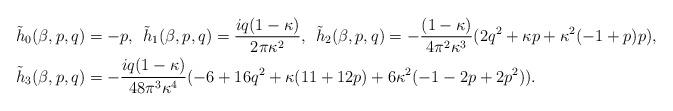
LaTeX: \begin{align*}&\tilde{h}_0(\beta,p,q) = - p, \: \: \tilde{h}_1(\beta,p,q) = {iq (1 - \kappa) \over 2 \pi \kappa^2}, \: \:\tilde{h}_2(\beta,p,q) = -{(1 - \kappa) \over 4 \pi^2 \kappa^3} (2 q^2 + \kappa p + \kappa^2(-1+p)p) , \\ & \tilde{h}_3(\beta,p,q) = -{iq (1 - \kappa) \over 48 \pi^3 \kappa^4}(-6 + 16 q^2 + \kappa (11 + 12 p) + 6 \kappa^2 (-1 - 2 p + 2 p^2) ).\end{align*}